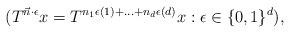
LaTeX: \begin{align*}(T^{\vec{n}\cdot\epsilon}x=T^{n_1\epsilon(1)+\ldots+n_d\epsilon(d)}x:\epsilon\in\{0,1\}^d),\end{align*}